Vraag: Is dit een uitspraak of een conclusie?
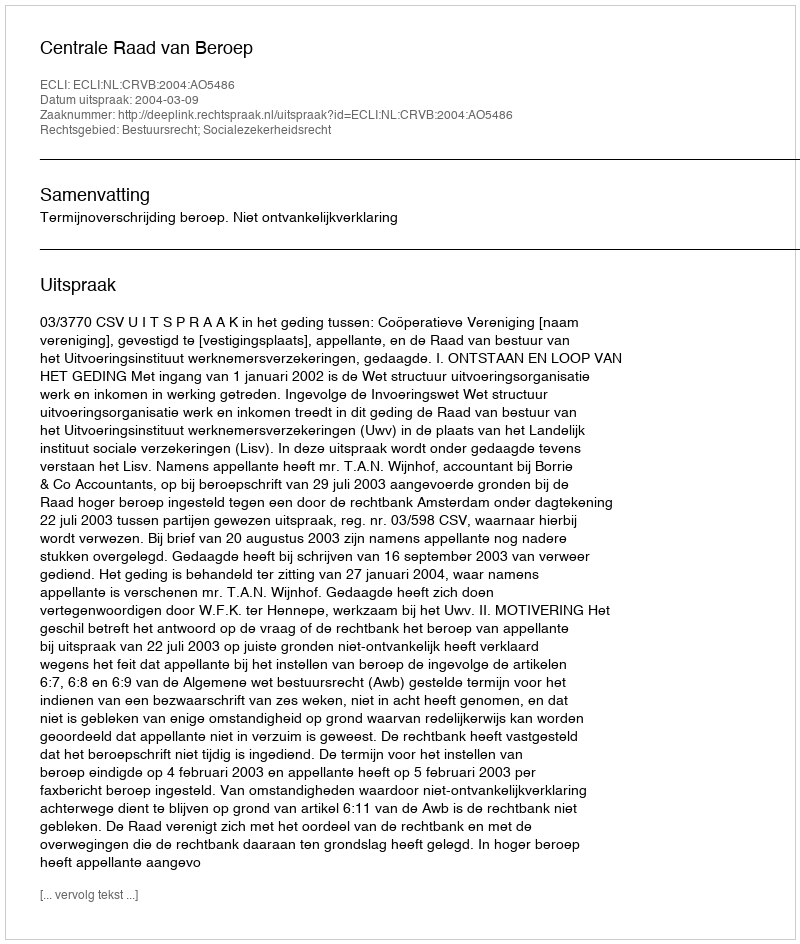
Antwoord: Uitspraak